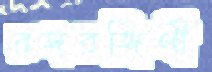
রঙ্গরঙ্গিণী